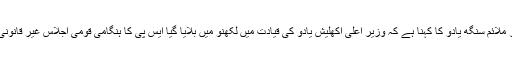
مسٹر ملائم سنگھ یادو کا کہنا ہے کہ وزیر اعلیٰ اکھلیش یادو کی قیادت میں لکھنؤ میں بلایا گیا ایس پی کا ہنگامی قومی اجلاس غیر قانونی تھا۔